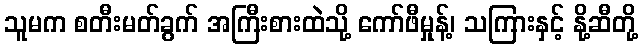
သူမက စတီးမတ်ခွက် အကြီးစားထဲသို့ ကော်ဖီမှုန့်၊ သကြားနှင့် နို့ဆီတို့